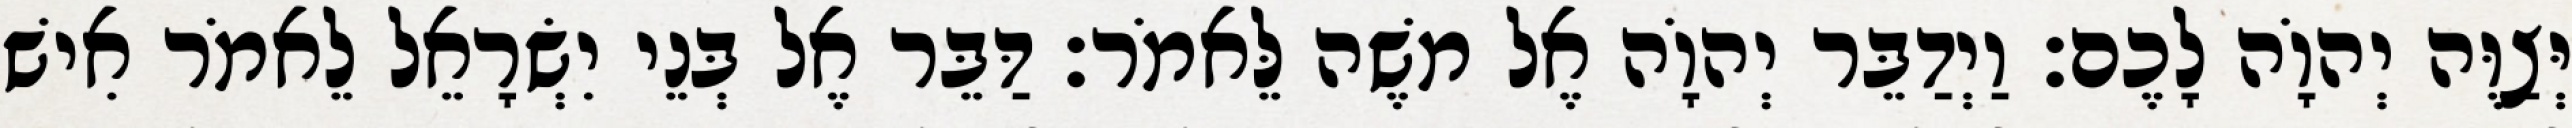
יְּצַוֶּה יְהוָֹה לָכֶם׃ וַיְדַבֵּר יְהוָֹה אֶל משֶׁה לֵּאמֹר׃ דַּבֵּר אֶל בְּנֵי יִשְׂרָאֵל לֵאמֹר אִישׁ